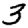
Digit: 3